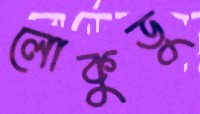
লোকুডু